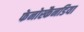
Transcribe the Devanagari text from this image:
फेनोस्कैनडिया